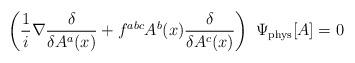
LaTeX: \begin{align*}\left(\frac{1}{i}\nabla \frac{\delta}{\delta A^a(x)} +f^{abc}A^b(x)\frac{\delta}{\delta A^c(x)}\right) ~\Psi_{\rm phys}[A]=0\end{align*}